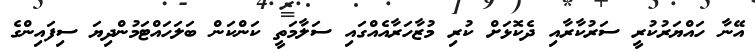
އޭނާ ހައްޔަރުކުރީ ސަރުކާރާއި ދެކޮޅަށް ކުރި މުޒާހަރާއެއްގައި ސަލާމަތީ ކަންކަން ބަލަހައްޓަމުންދިޔަ ސިފައިންގެ